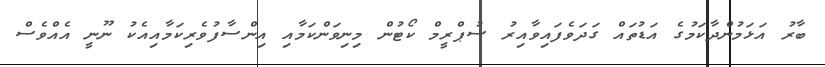
ބާރު އަޅަމުންދާކަމުގެ އަޑުތައް ގަދަވެފައިވާއިރު ސުޕްރީމް ކޯޓުން މިނިވަންކަމާއި އިންސާފުވެރިކަމާއިއެކު ނޫނީ އެއްވެސް